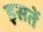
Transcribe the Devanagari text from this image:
इसतें